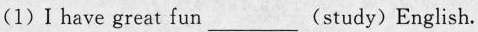
(1)Ⅰ have great fun___(study) English.